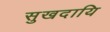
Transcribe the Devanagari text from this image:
सुखदायि